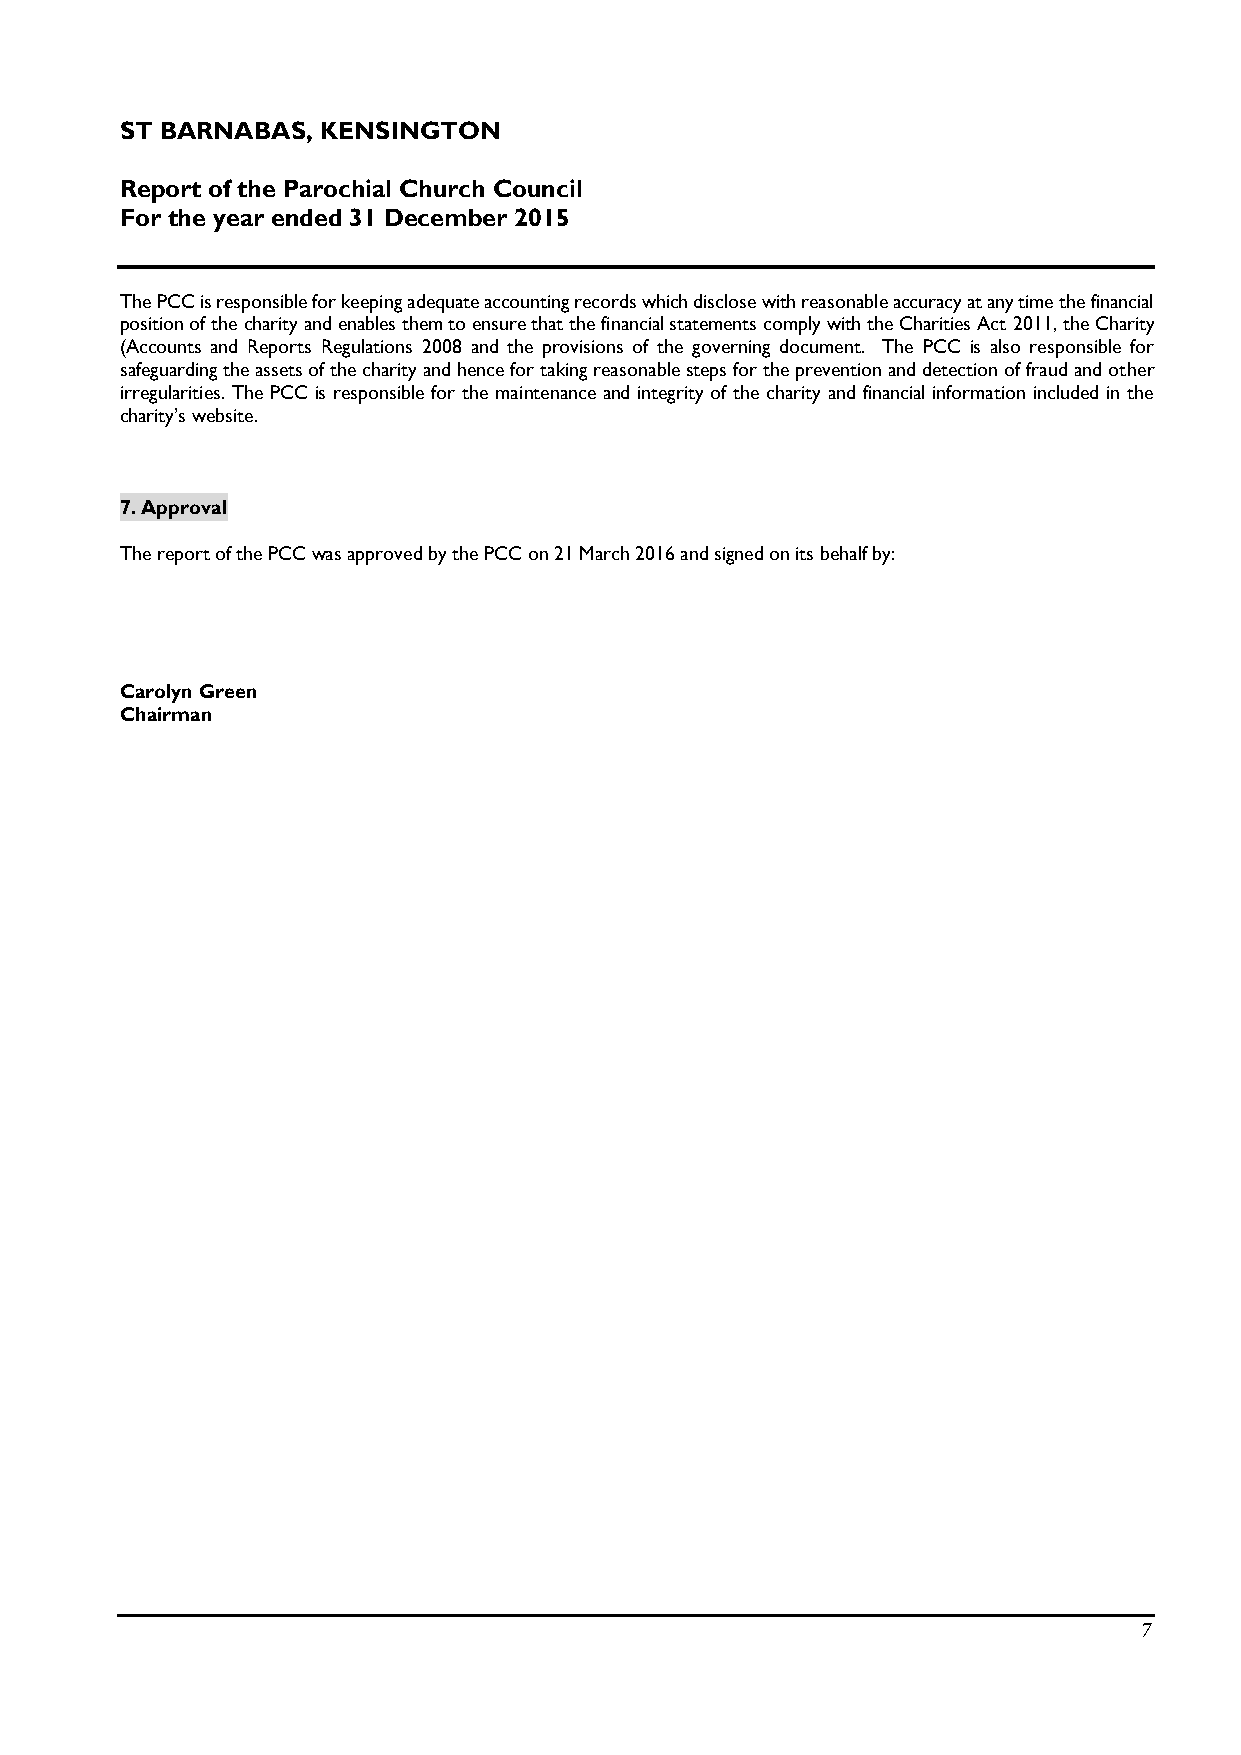
ST BARNABAS, KENSINGTON
 Report of the Parochial Church Council
 For the year ended 31 December 2015
 The PCC is responsible for keeping adequate accounting records which disclose with reasonable accuracy at any time the financial
 position of the charity and enables them to ensure that the financial statements comply with the Charities Act 2011, the Charity
 (Accounts and Reports Regulations 2008 and the provisions of the governing document. The PCC is also responsible for
 safeguarding the assets of the charity and hence for taking reasonable steps for the prevention and detection of fraud and other
 irregularities. The PCC is responsible for the maintenance and integrity of the charity and financial information included in the
 charity’s website.
 7. Approval
 The report of the PCC was approved by the PCC on 21 March 2016 and signed on its behalf by:
 Carolyn Green
 Chairman
 7